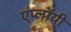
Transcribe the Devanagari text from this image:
एंप्लॉयी